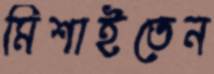
মিশাইতেন